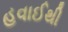
હવાઈથી